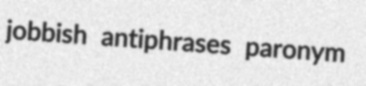
jobbish antiphrases paronym